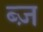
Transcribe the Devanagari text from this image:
ब्ज़